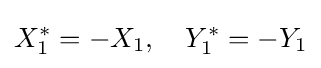
X_{1}^{*}=-X_{1},\quad Y_{1}^{*}=-Y_{1}